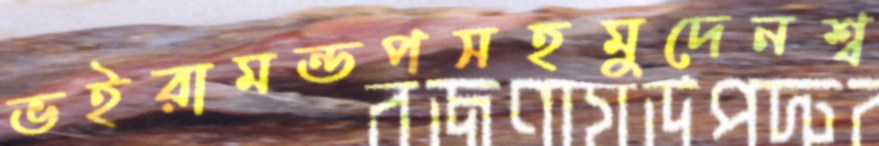
ভইরামন্ডপসহমুদেনশ্ব